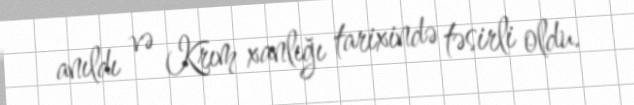
anıldı və Krım xanlığı tarixində təsirli oldu.